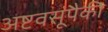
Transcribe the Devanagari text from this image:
अष्टवसूंपैकी